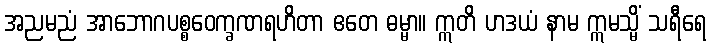
အညမညံ အာဘောဂပစ္စဝေက္ခဏရဟိတာ ဧတေ ဓမ္မာ။ ဣတိ ဟဒယံ နာမ ဣမသ္မိံ သရီရေ